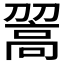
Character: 𩫉